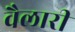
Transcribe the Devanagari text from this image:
वैलारी